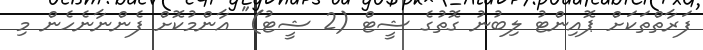
ފަރާތްތަކަށް ޕޮއިންޓު ލިބުނު ގޮތުގެ ޝީޓް (2 ޝީޓު)" އާންމުކޮށް ފެންނާނެހެން މި